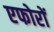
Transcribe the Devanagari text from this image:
एफोरों